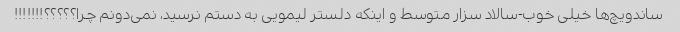
ساندویچ‌ها خیلی خوب-سالاد سزار متوسط و اینکه دلستر لیمویی به دستم نرسید، نمی‌دونم چرا؟؟؟؟؟!!!!!!!